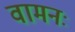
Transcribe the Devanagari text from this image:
वामनः